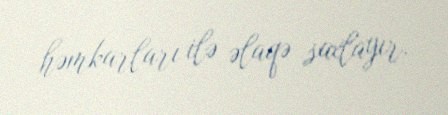
həmkarları ilə əlaqə saxlayır.